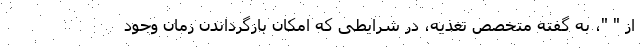
از " "، به گفته متخصص تغذیه، در شرایطی که امکان بازگرداندن زمان وجود